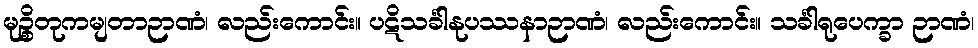
မုဉ္စိတုကမျတာဉာဏံ၊ လည်းကောင်း။ ပဋိသင်္ခါနုပဿနာဉာဏံ၊ လည်းကောင်း။ သင်္ခါရုပေက္ခာ ဉာဏံ၊